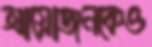
আয়োজনকেও